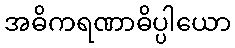
အဓိကရဏာဓိပ္ပါယော